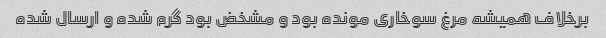
برخلاف همیشه مرغ سوخاری مونده بود و مشخض بود گرم شده و ارسال شده